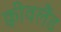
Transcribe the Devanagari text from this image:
क्वीवलैंड